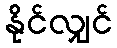
နိုင်လျှင်